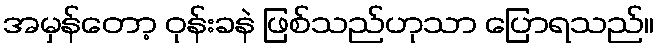
အမှန်တော့ ဝုန်းခနဲ ဖြစ်သည်ဟုသာ ပြောရသည်။